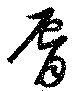
脣